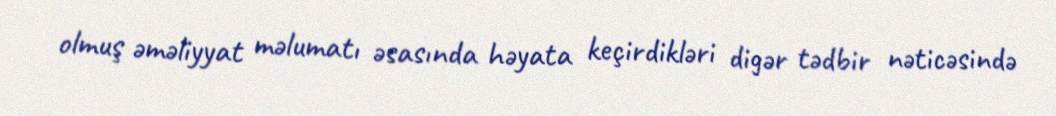
olmuş əməliyyat məlumatı əsasında həyata keçirdikləri digər tədbir nəticəsində